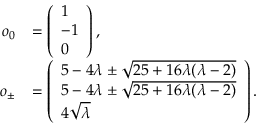
\begin{array} { r l } { \boldsymbol { o } _ { 0 } } & { = \left( \begin{array} { l } { 1 } \\ { - 1 } \\ { 0 } \end{array} \right) , } \\ { \boldsymbol { o } _ { \pm } } & { = \left( \begin{array} { l } { 5 - 4 \lambda \pm \sqrt { 2 5 + 1 6 \lambda ( \lambda - 2 ) } } \\ { 5 - 4 \lambda \pm \sqrt { 2 5 + 1 6 \lambda ( \lambda - 2 ) } } \\ { 4 \sqrt { \lambda } } \end{array} \right) . } \end{array}